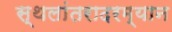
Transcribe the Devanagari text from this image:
स्थलांतरादरम्यान